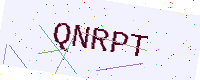
Text: QNRPT